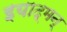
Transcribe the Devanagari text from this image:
इयाद्मन्